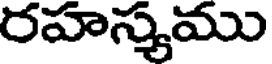
రహస్మము